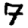
Digit: 7